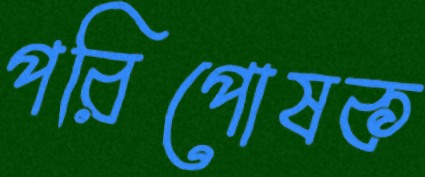
পরিপোষক